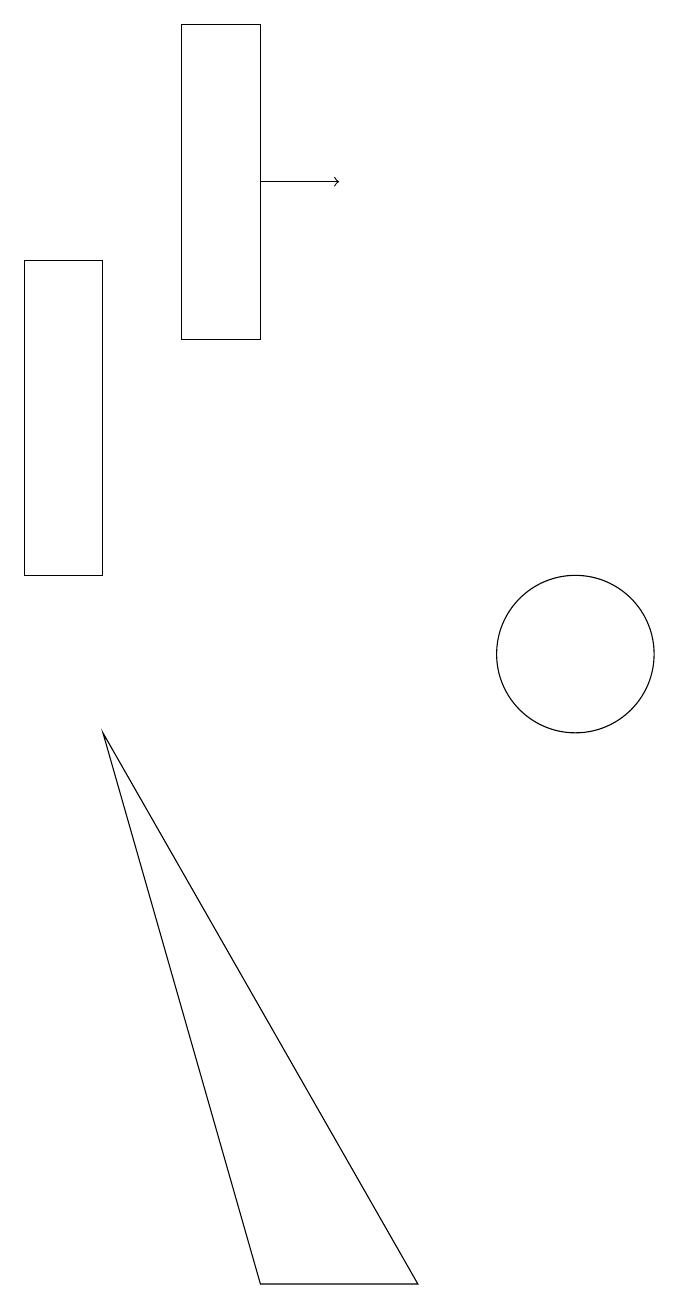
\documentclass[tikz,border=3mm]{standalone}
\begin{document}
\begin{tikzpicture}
\draw (11,10) circle (1);
\draw (4,15) rectangle (5,11);
\draw (6,14) rectangle (7,18);
\draw (7,2) -- (5,9) -- (9,2) -- cycle;
\draw[->] (7,16) -- (8,16);
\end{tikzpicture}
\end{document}